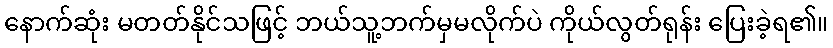
နောက်ဆုံး မတတ်နိုင်သဖြင့် ဘယ်သူ့ဘက်မှမလိုက်ပဲ ကိုယ်လွတ်ရုန်း ပြေးခဲ့ရ၏။